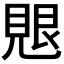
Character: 𮗑